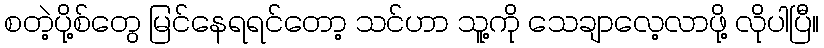
စတဲ့ပို့စ်တွေ မြင်နေရရင်တော့ သင်ဟာ သူ့ကို သေချာလေ့လာဖို့ လိုပါပြီ။